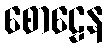
စောဠေန